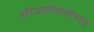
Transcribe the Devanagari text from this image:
हरियालीपाठोपाठ